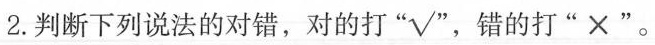
2. 判断下列说法的对错，对的打”√”，错的打”×”。